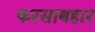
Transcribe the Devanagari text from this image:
फरसाबहार